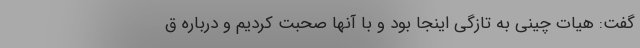
گفت: هیات چینی به تازگی اینجا بود و با آنها صحبت کردیم و درباره ق